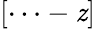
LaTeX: [\cdots-\mathit{z}]